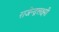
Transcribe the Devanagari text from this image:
राजेन्द्रलक्ष्मी